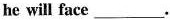
he will face ___.